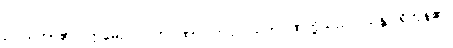
ဥပါသကာ၏။ ဣမေဥပါသကဂုဏာ၊ ဤဥပါသကဂုဏ်တို့သည်။ သန္တိ၊ ရှိကုန်၏။